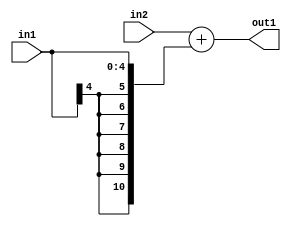
`timescale 1ps / 1ps
/*****************************************************************************
    Verilog RTL Description
    
    
    Created by: Stratus DpOpt 2019.1.01 
*******************************************************************************/

module DC_Filter_Add_9Ux5S_11S_1 (
	in2,
	in1,
	out1
	); /* architecture "behavioural" */ 
input [8:0] in2;
input [4:0] in1;
output [10:0] out1;
wire [10:0] asc001;

assign asc001 = 
	+(in2)
	+({{6{in1[4]}}, in1});

assign out1 = asc001;
endmodule

/* CADENCE  ubH3Tw4= : u9/ySgnWtBlWxVPRXgAZ4Og= ** DO NOT EDIT THIS LINE ******/